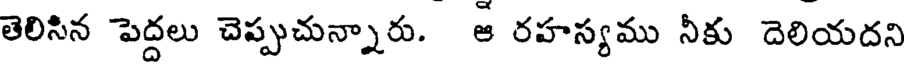
తెలిసిన పెద్దలు చెప్పుచున్నారు. ఆ రహస్యము నీకు దెలియదని